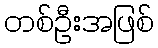
တစ်ဦးအဖြစ်